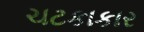
ચટકાકાર